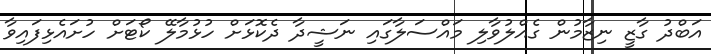
އަބްދު ގާޒީ ނިޒާމުން ގެއްލުވާލި މައްސަލާގައި ނަޝީދާ ދެކޮޅަށް ހުޅުމާލޭ ކޯޓަށް ހުށައެޅިފައިވާ